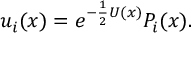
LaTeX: u _ { i } ( x ) = e ^ { - { \frac { 1 } { 2 } } U ( x ) } { \cal P } _ { i } ( x ) .